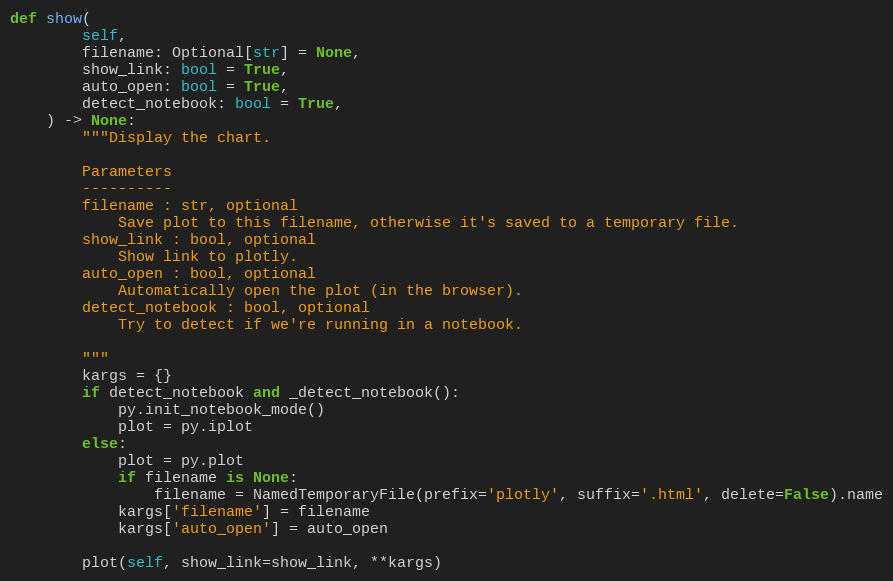
Language: Python
def show(
        self,
        filename: Optional[str] = None,
        show_link: bool = True,
        auto_open: bool = True,
        detect_notebook: bool = True,
    ) -> None:
        """Display the chart.

        Parameters
        ----------
        filename : str, optional
            Save plot to this filename, otherwise it's saved to a temporary file.
        show_link : bool, optional
            Show link to plotly.
        auto_open : bool, optional
            Automatically open the plot (in the browser).
        detect_notebook : bool, optional
            Try to detect if we're running in a notebook.

        """
        kargs = {}
        if detect_notebook and _detect_notebook():
            py.init_notebook_mode()
            plot = py.iplot
        else:
            plot = py.plot
            if filename is None:
                filename = NamedTemporaryFile(prefix='plotly', suffix='.html', delete=False).name
            kargs['filename'] = filename
            kargs['auto_open'] = auto_open

        plot(self, show_link=show_link, **kargs)